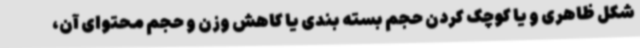
شکل ظاهری و یا کوچک کردن حجم بسته بندی یا کاهش وزن و حجم محتوای آن،